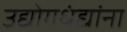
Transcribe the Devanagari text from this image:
उद्योगधंद्यांना